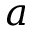
a